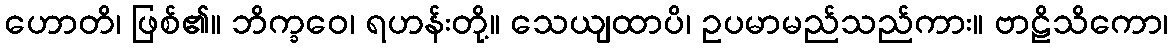
ဟောတိ၊ ဖြစ်၏။ ဘိက္ခဝေ၊ ရဟန်းတို့။ သေယျထာပိ၊ ဥပမာမည်သည်ကား။ ဗာဠိသိကော၊